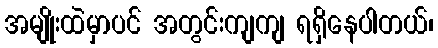
အမျိုးထဲမှာပင် အတွင်းကျကျ ရရှိနေပါတယ်၊